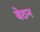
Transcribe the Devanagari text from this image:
बेठन